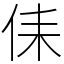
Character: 㑍